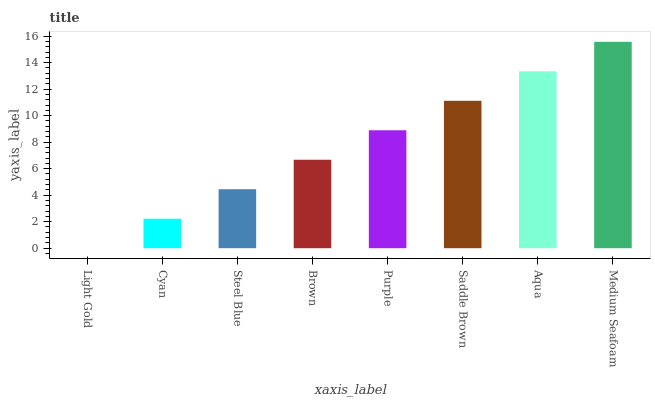
| xaxis_label | bars |
 | --- | --- |
 | Light Gold | 0 |
 | Cyan | 2.22 |
 | Steel Blue | 4.45 |
 | Brown | 6.67 |
 | Purple | 8.9 |
 | Saddle Brown | 11.1 |
 | Aqua | 13.3 |
 | Medium Seafoam | 15.6 |